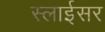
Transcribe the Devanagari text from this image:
स्‍लाईसर